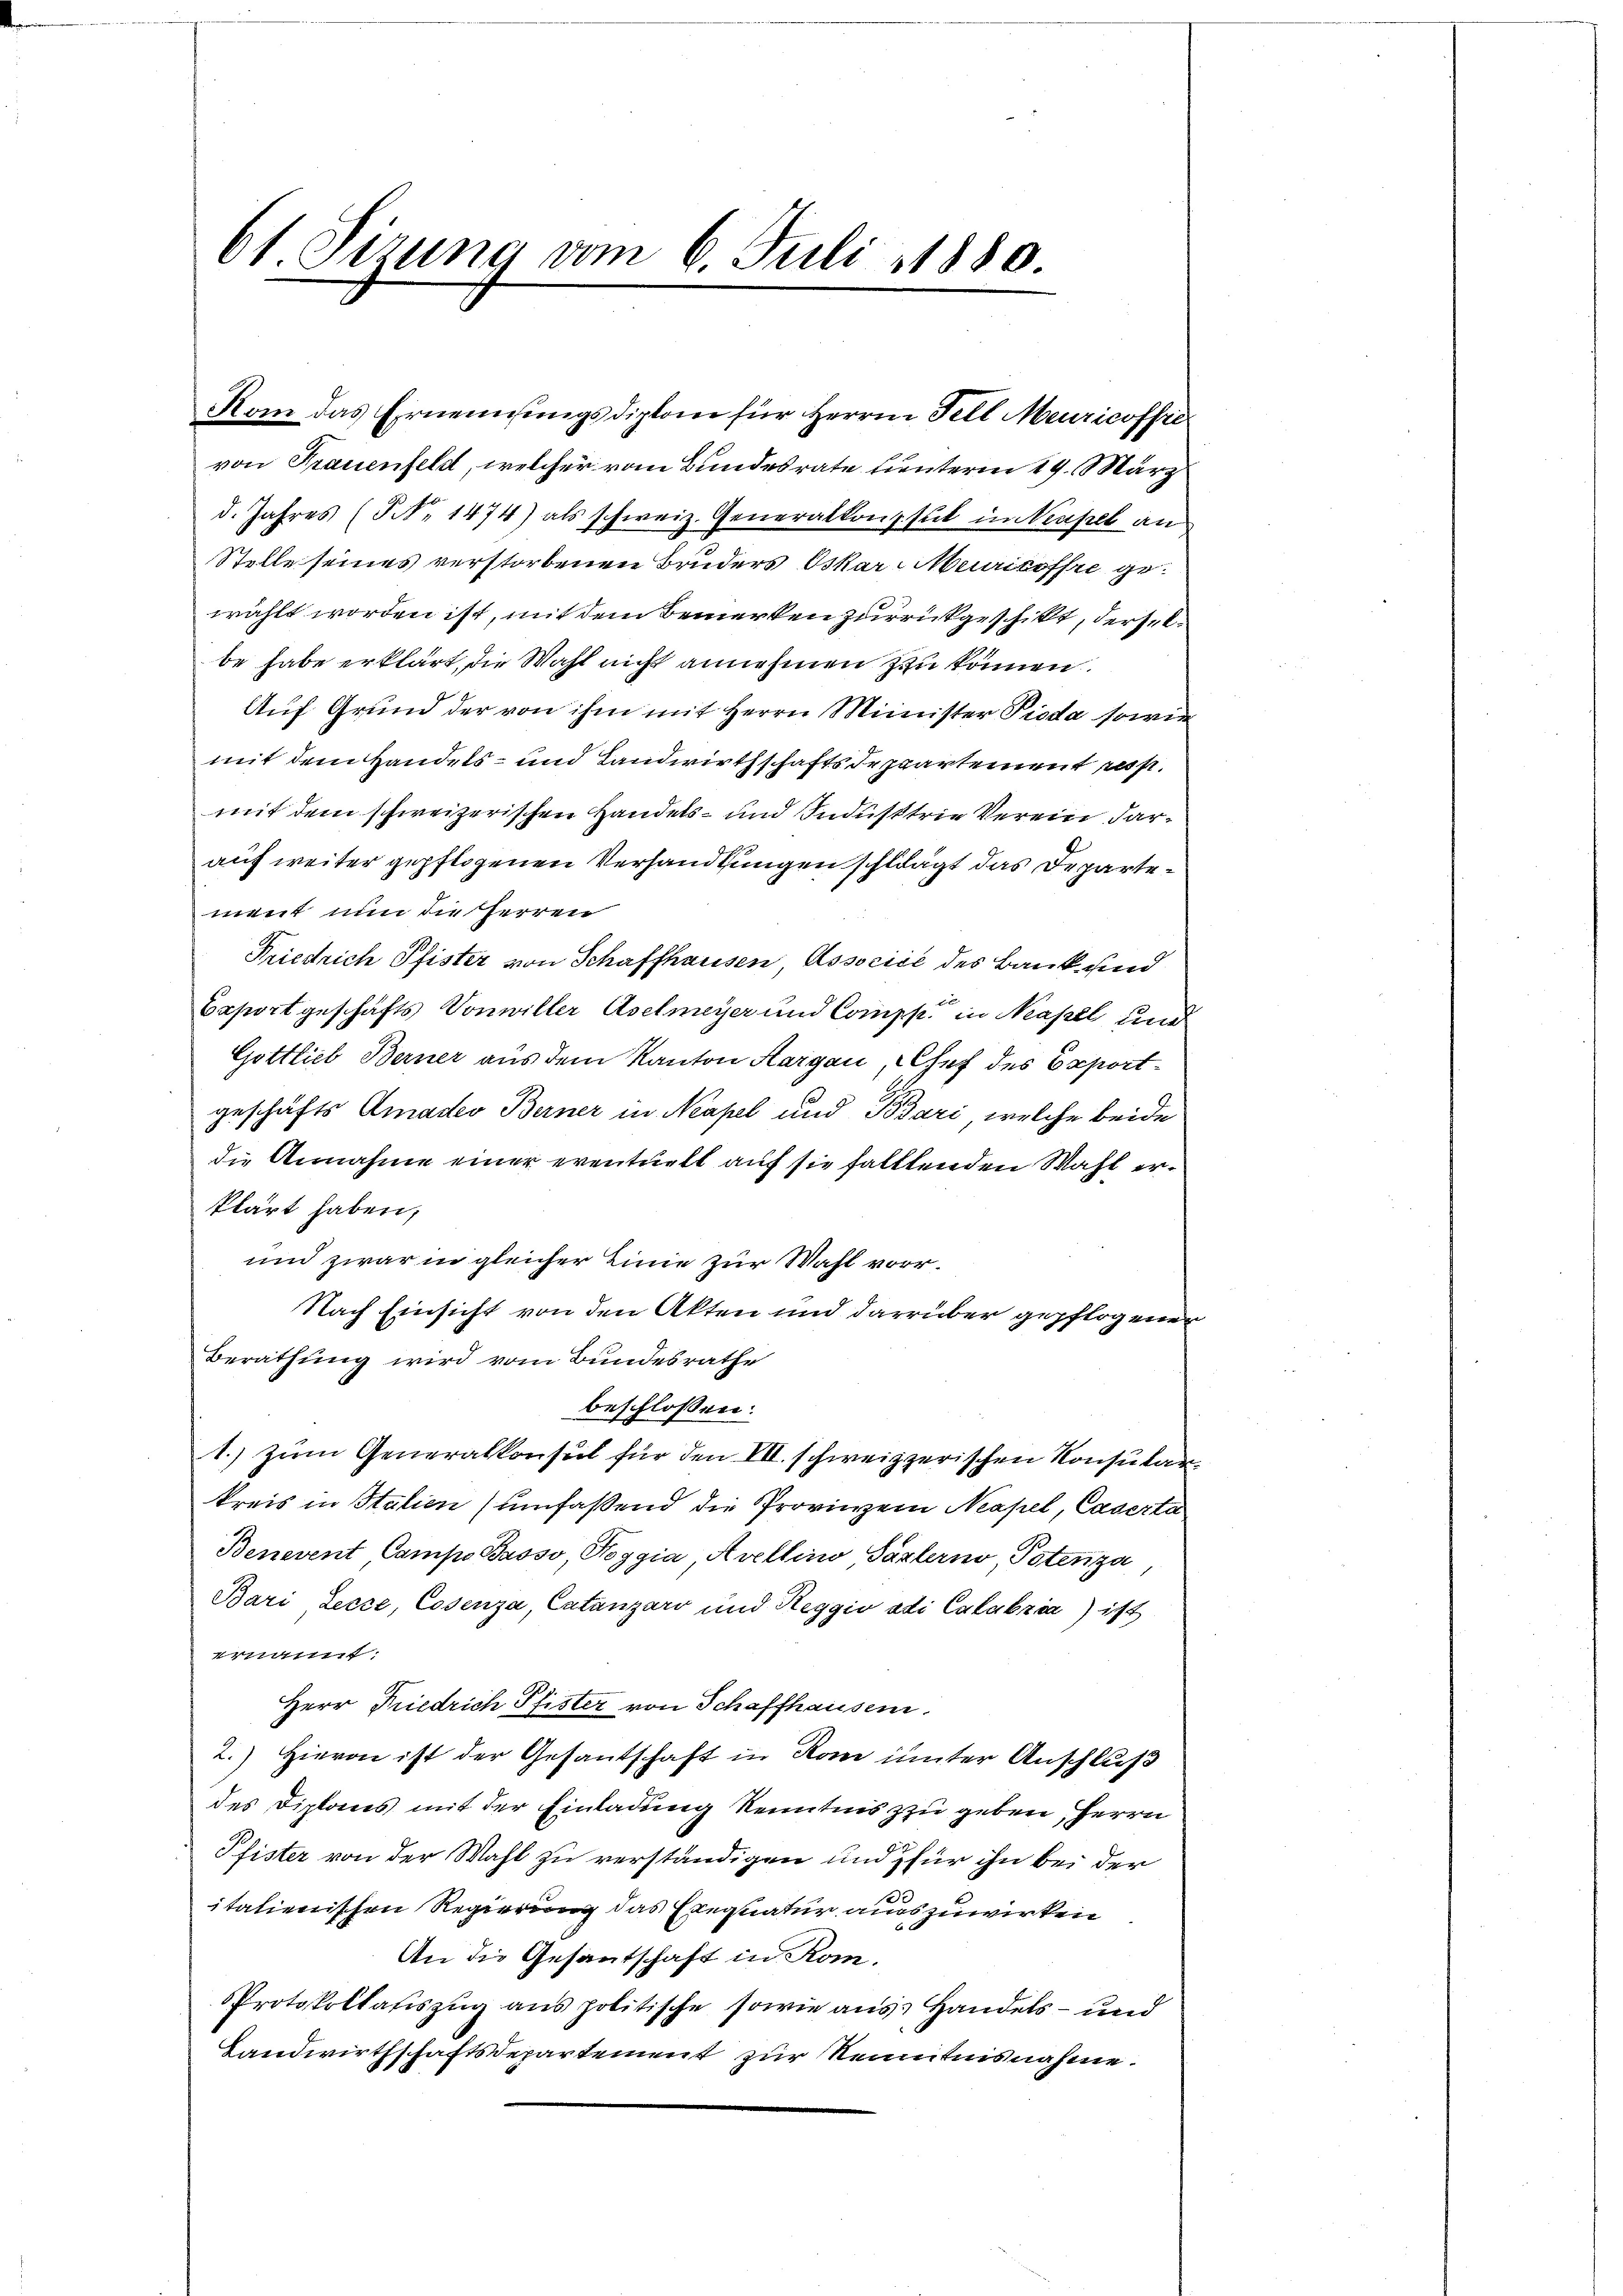
61 Sizung vom 6. Juli 1880.

Kan das Ernennungsdiplom für Herren Fell Meuricoffic
von Frauenfeld, welcher vom Bundesrate unterm 19. März
d. Jahres (§ NNo. 1474) als schweiz. Generalkonsul im Neufelb an
Stelle seines verstorbenen Bruders Oskar-Meuricoffre gewählt worden ist, mit dem Bemerken zurückgeschickt, derselbe habe erklärt, die Wahl nicht annehmen zu können.
Auf Grund der von ihm mit Herrn Minister Pioda sowie
mit dem Handels- und Landwirthschaftsdepartement resp.
mit dem schweizerischen Handels- und Industrie Verein, darauf weiter gepflogenen Verhandlungen schlägt das Departement nun die Herren
Friedrich Pfister von Schaffhausen Associce des Bank und
Baport geschäfts Vonwiller Aselmeyer und Compp in Neapell und
Gottlieb Berner aus dem Kanton Aargau, Chef des Exportgeschäfts Amadeo Berner in Neapel und Bosari, welche beide
die Annahme einer eventuelt auf sie falltenden Wahl erklärt haben,
und zwar in gleicher Linie zur Wahl vor¬
Nach Einsicht von den Akten und darüber gepflogene
Berathung wird vom Bundesrathe
beschlossen:
1. zum Generalkonsul für den VII. schweizzerischen Konsulat
kreis in Italien umfaßend die Provinein Neapel, Caserta
Benevent Campo Passo Roggia, Avellino Päzlerno, Potenza
Bari, Lecze, Cosenza, Catanzard und Reggio adi Calabria) ist
ernannt:
Herr Friedrich Pfister von Schaffhausern.
2.) Hievon ist der Gesantschaft in Rom unter Anschluß
des Diplans mit der Einladung Kenntnis zu geben, Herrn
Pfister von der Wahl zu verständigen und für ihn bei der
italienischen Regierung das Exequatur auszuwirken
An die Gesantschaft in Rom.
Protokollatiszug aus politische sowie aus, Handels- und
Landwirthschaftsdepartement zur Kenntnisnahme.